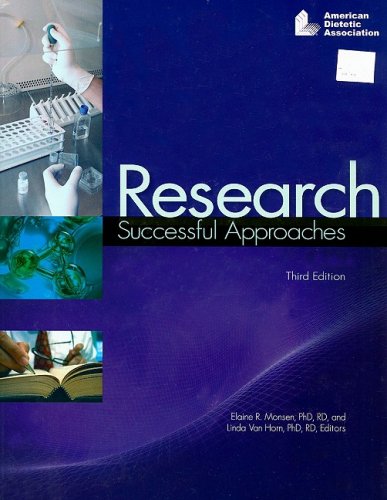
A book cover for Research: Successful Approaches; Elaine R. Monsen; Medical Books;